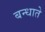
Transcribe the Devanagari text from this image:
बन्धाते